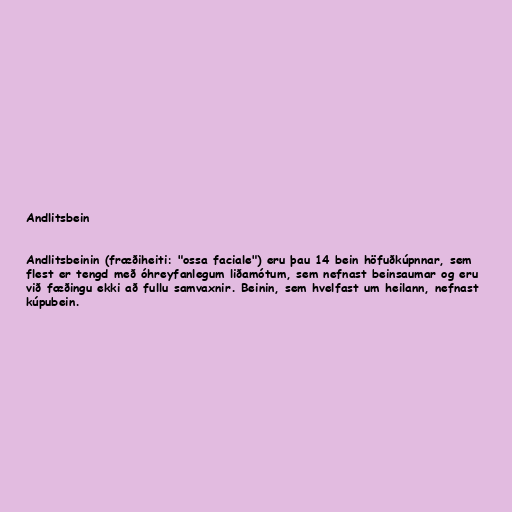
Andlitsbein

Andlitsbeinin (fræðiheiti: "ossa faciale") eru þau 14 bein höfuðkúpnnar, sem
flest er tengd með óhreyfanlegum liðamótum, sem nefnast beinsaumar og eru
við fæðingu ekki að fullu samvaxnir. Beinin, sem hvelfast um heilann, nefnast
kúpubein.